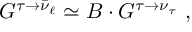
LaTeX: G ^ { \tau \rightarrow \bar { \nu } _ { \ell } } \simeq B \cdot G ^ { \tau \rightarrow { \nu } _ { \tau } } \ ,